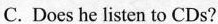
C. Does he listen to CDs?